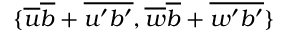
\{ \overline { { u } } \overline { { b } } + \overline { { u ^ { \prime } b ^ { \prime } } } , \overline { { w } } \overline { { b } } + \overline { { w ^ { \prime } b ^ { \prime } } } \}